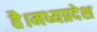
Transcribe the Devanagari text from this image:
है।मध्यप्रदेश